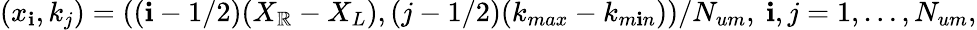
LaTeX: (x_{\mathbf{i}},k_{j})=((\mathbf{i}-{1}/{2}){(X_{\mathbb{R}}-X_{L})},(j-{1}/{2})(k_{max}-k_{m\mathbf{i}n}))/{N_{um}},\ \mathbf{i},j=1,\dots,N_{um},